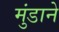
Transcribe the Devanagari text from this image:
मुंडाने